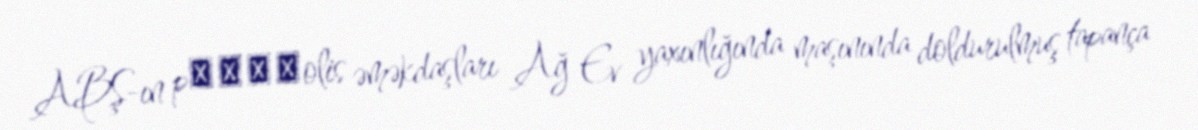
ABŞ-ın p​​​​olis əməkdaşları Ağ Ev yaxınlığında maşınında doldurulmuş tapança